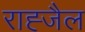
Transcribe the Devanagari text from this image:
राह्जैल